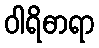
ဝါရိဓာရာ